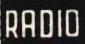
RADIO